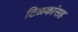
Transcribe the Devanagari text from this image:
टिळकांसह